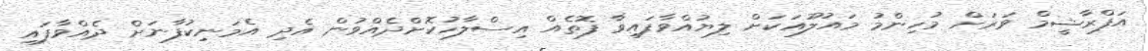
އަފްރާޝީމް ވަރަށް މުހިންމު މައުލޫއަކަށް ލިޔުއްވާފައިވާ ފޮތެއް އިސްލާހުކޮށްދެއްވުން އެދި އެމަނިކުފާނަށް ދެއްވާފައި